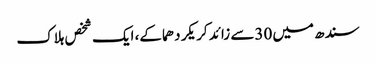
سندھ میں 30سے زائد کریکر دھماکے، ایک شخص ہلاک